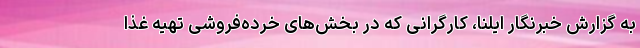
به گزارش خبرنگار ایلنا، کارگرانی که در بخش‌های خرده‌فروشی تهیه غذا